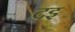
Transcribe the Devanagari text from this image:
दइ